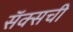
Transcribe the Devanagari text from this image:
सॅक्सची